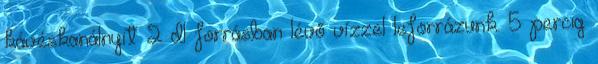
kávéskanálnyit 2 dl forrásban lévő vízzel leforrázunk. 5 percig